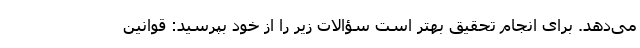
می‌دهد. برای انجام تحقیق بهتر است سؤالات زیر را از خود بپرسید: قوانین